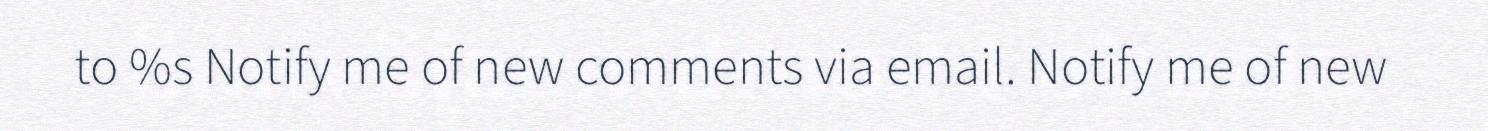
to %s Notify me of new comments via email. Notify me of new